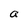
Character: a